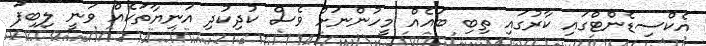
އެކްސިޑެންޓްގައި ކާރުގައި ތިބި ބައެއް މީހުންނަށް ވެސް ކުދިކުދި އަނިޔާތަކެއް ވަނީ ލިބިފަ